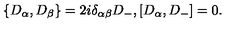
\{ D _ { \alpha } , D _ { \beta } \} = 2 i \delta _ { \alpha \beta } D _ { - } , [ D _ { \alpha } , D _ { - } ] = 0 .